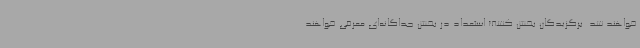
خواهند شد. برگزیدگان بخش کشف استعداد در بخش جداگانه‌ای معرفی خواهند